Medical and sanitary report of the native army of Madras for the year
Year: 1878
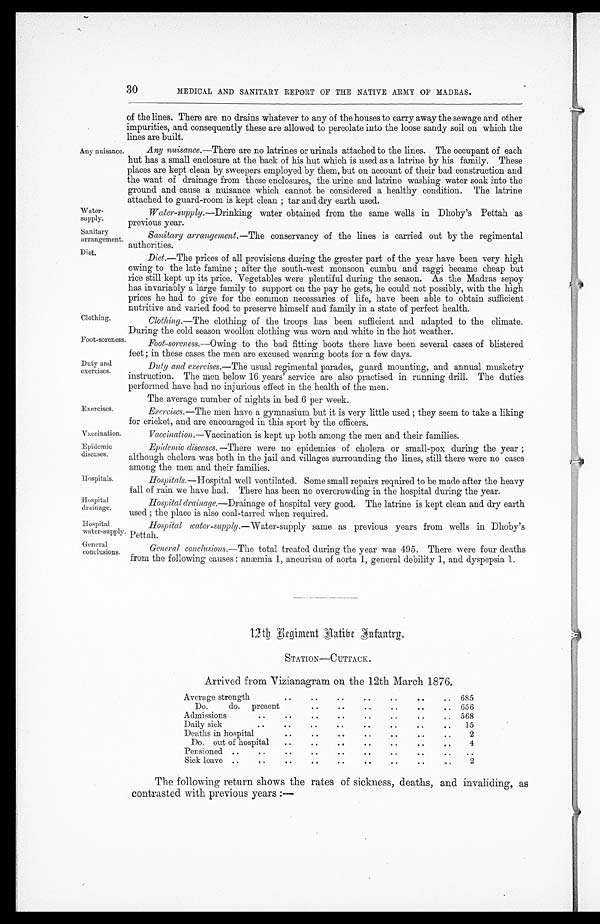
Any nuisance.
Water-
supply.
Sanitary
arrangement.
Diet.
Clothing.
Foot-soreness.
Duty and
exercises.
Exercises.
Vaccination.
Epidemic
diseases.
Hospitals.
Hospital
drainage.
Hospital
water-supply
General
conclusions.
30
MEDICAL AND SANITARY REPORT OF THE NATIVE ARMY OF MADRAS.
of the lines. There are no drains whatever to any of the houses to carry away the sewage and other
impurities, and consequently these are allowed to percolate into the loose sandy soil on which the
lines are built.
Any nuisance.—There are no latrines or urinals attached to the lines. The occupant of each
hut has a small enclosure at the back of his hut which is used as a latrine by his family. These
places are kept clean by sweepers employed by them, but on account of their bad construction and
the want of drainage from these enclosures, the urine and latrine washing water soak into the
ground and cause a nuisance which cannot be considered a healthy condition. The latrine
attached to guard-room is kept clean ; tar and dry earth used.
Water-supply.—Drinking water obtained from the same wells in Dhoby's Pettah as
previous year.
Sanitary arrangement.— The conservancy of the lines is carried out by the regimental
authorities.
Diet.—The prices of all provisions during the greater part of the year have been very high
owing to the late famine ; after the south-west monsoon cumbu and raggi became cheap but
rice still kept up its price. Vegetables were plentiful during the season. As the Madras sepoy
has invariably a large family to support on the pay he gets, he could not possibly, with the high
prices he had to give for the common necessaries of life, have been able to obtain sufficient
nutritive and varied food to preserve himself and family in a state of perfect health.
Clothing.—The clothing of the troops has been sufficient and adapted to the climate.
During the cold season woollen clothing was worn and white in the hot weather.
Foot-soreness.— Owing to the bad fitting boots there have been several cases of blistered
feet ; in these cases the men are excused wearing boots for a few days.
Duty and exercises.— The usual regimental parades, guard mounting, and annual musketry
instruction. The men below 16 years' service are also practised in running drill. The duties
performed have had no injurious effect in the health of the men.
The average number of nights in bed 6 per week.
Excercises.— The
men have a gymnasium but it is very little used ; they seem to take a liking
for cricket, and are encouraged in this sport by the officers.
Vaccination—Vaccination is kept up both among the men and their families.
Epidemic diseases. — There were no epidemics of cholera or small-pox during the year ;
although cholera was both in the jail and villages surrounding the lines, still there were no cases
among the men and their families.
Hospitals.
—Hospital well ventilated. Some small repairs required to be made after the heavy
fall of rain we have had. There has been no overcrowding in the hospital during the year.
Hospital drainage.
—
Drainage of hospital very good. The latrine is kept clean and dry earth
used ; the place is also coal-tarred when required.
Hospital water-supply.— Water- supply same as previous years from wells in Dhoby's
Pettah.
General conclusions.— The total treated during the year was 495. There were four deaths
from the following causes : anæmia 1, aneurism of aorta 1, general debility 1, and dyspepsia 1.
12th Regiment Native Infantry.
STATION—CUTTACK.
Arrived from Vizianagram on the 12th March 1876.
Average strength
. .
. .
. . . .
. .
. .
. .
685
Do.
do. present . .
. .
. . . .
. .
. .
. .
656
Admissions
..
. .
. .
. . . .
. .
. .
. .
568
Daily sick
..
. .
. .
. . . .
. .
. .
. .
15
Deaths in hospital
. .
. .
. . . .
. .
. .
. .
2
Do. out of hospital
. .
. .
. . . .
. .
. .
. .
4
Pensioned ..
..
. .
. .
. . . .
. .
. .
. .
..
Sick leave ..
..
. .
. .
. . . .
. .
. .
. .
2
The following return shows the rates of sickness, deaths, and invaliding, as
contrasted with previous years :―